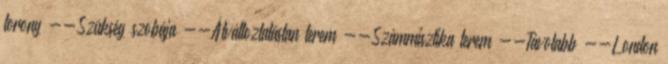
torony --Szükség szobája --Átváltoztatástan terem --Számmisztika terem --Távolabb --London